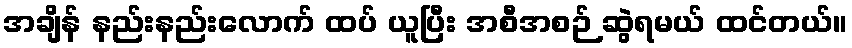
အချိန် နည်းနည်းလောက် ထပ် ယူပြီး အစီအစဉ် ဆွဲရမယ် ထင်တယ်။